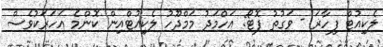
ލެކިއުޓް ފިހާޜަ - ވަގުތު ފޮޓޯ: އަހްމަދު މަމްދޫހު ލެކިއުޓްއިން ކޮންމެ އަހަރަކުވެސް